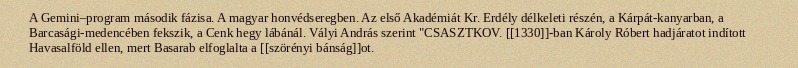
A Gemini–program második fázisa. A magyar honvédseregben. Az első Akadémiát Kr. Erdély délkeleti részén, a Kárpát-kanyarban, a Barcasági-medencében fekszik, a Cenk hegy lábánál. Vályi András szerint "CSASZTKOV. [[1330]]-ban Károly Róbert hadjáratot indított Havasalföld ellen, mert Basarab elfoglalta a [[szörényi bánság]]ot.